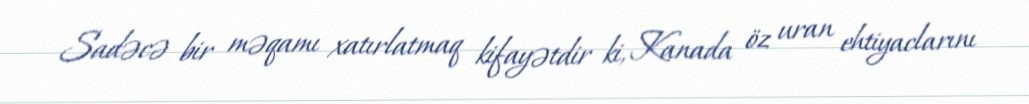
Sadəcə bir məqamı xatırlatmaq kifayətdir ki, Kanada öz uran ehtiyaclarını